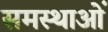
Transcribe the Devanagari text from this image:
समस्थाओं